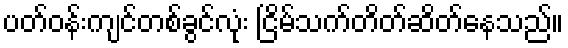
ပတ်ဝန်းကျင်တစ်ခွင်လုံး ငြိမ်သက်တိတ်ဆိတ်နေသည်။